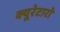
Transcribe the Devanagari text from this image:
क्यूरेटारो